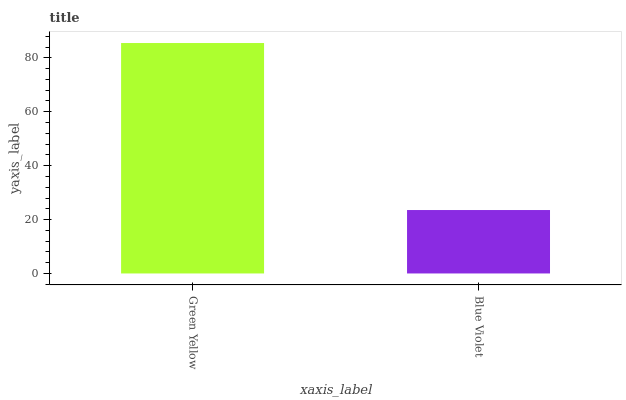
| xaxis_label | bars |
 | --- | --- |
 | Green Yellow | 85.5 |
 | Blue Violet | 23.5 |